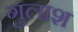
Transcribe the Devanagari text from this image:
गुलाश